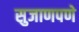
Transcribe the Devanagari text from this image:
सुजाणपणे